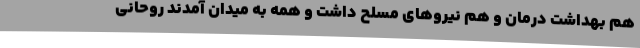
هم بهداشت درمان و هم نیروهای مسلح داشت و همه به میدان آمدند روحانی